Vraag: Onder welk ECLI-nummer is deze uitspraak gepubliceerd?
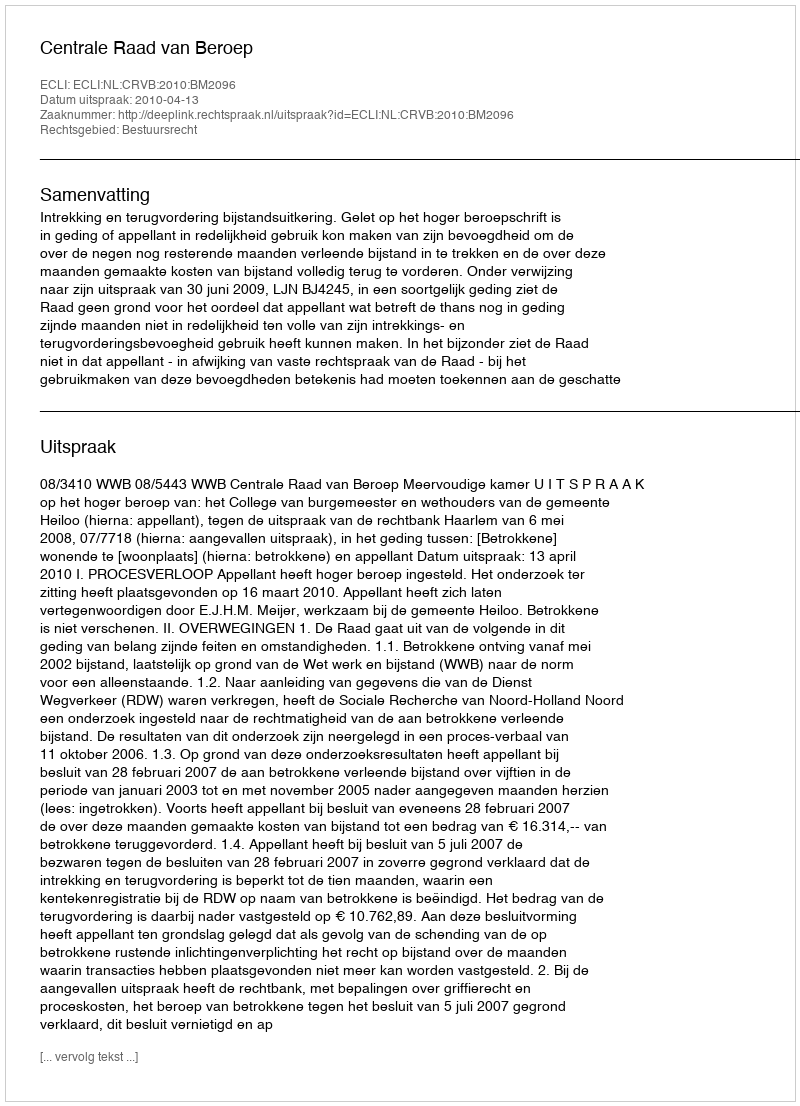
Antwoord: ECLI:NL:CRVB:2010:BM2096